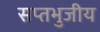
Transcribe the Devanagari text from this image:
सप्तभुजीय